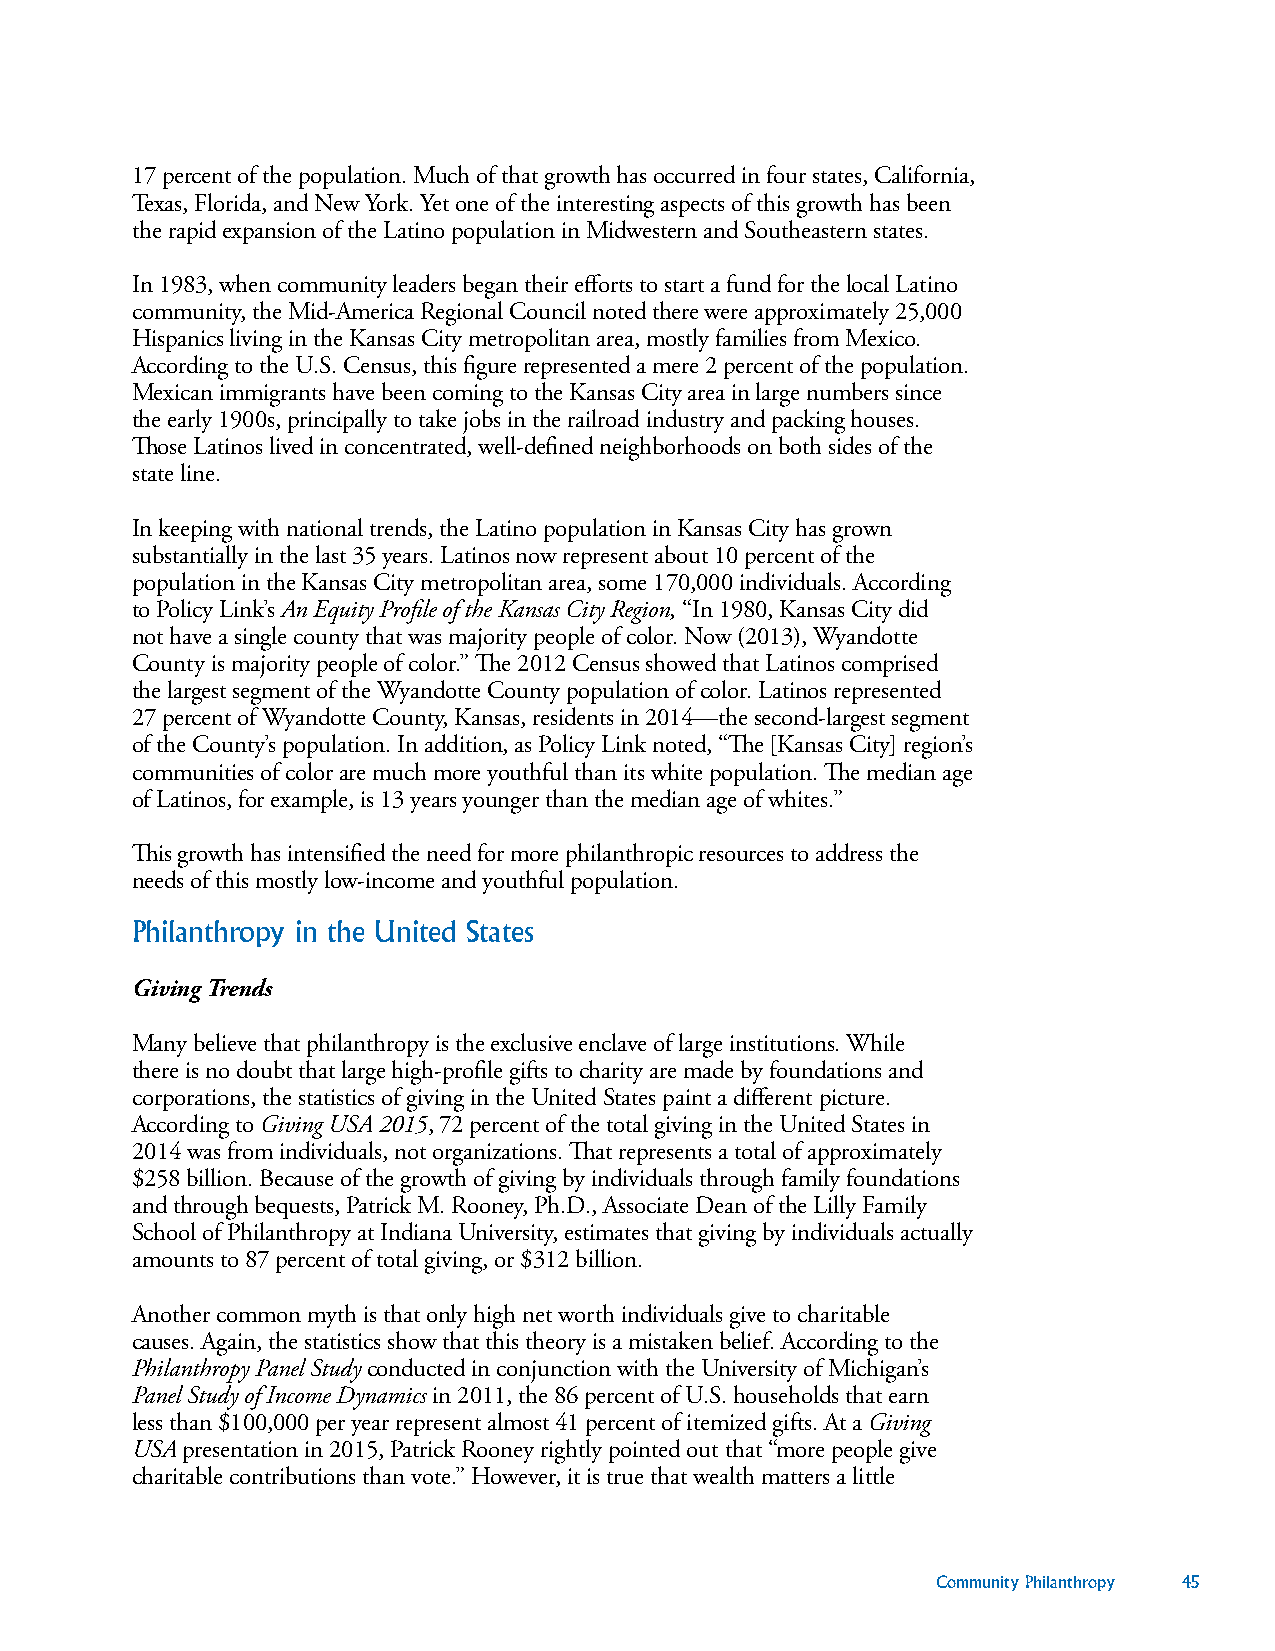
17 percent of the population. Much of that growth has occurred in four states, California,
 Texas, Florida, and New York. Yet one of the interesting aspects of this growth has been
 the rapid expansion of the Latino population in Midwestern and Southeastern states.
 In 1983, when community leaders began their efforts to start a fund for the local Latino
 community, the Mid-America Regional Council noted there were approximately 25,000
 Hispanics living in the Kansas City metropolitan area, mostly families from Mexico.
 According to the U.S. Census, this figure represented a mere 2 percent of the population.
 Mexican immigrants have been coming to the Kansas City area in large numbers since
 the early 1900s, principally to take jobs in the railroad industry and packing houses.
 Those Latinos lived in concentrated, well-defined neighborhoods on both sides of the
 state line.
 In keeping with national trends, the Latino population in Kansas City has grown
 substantially in the last 35 years. Latinos now represent about 10 percent of the
 population in the Kansas City metropolitan area, some 170,000 individuals. According
 to Policy Link’s An Equity Profile of the Kansas City Region, “In 1980, Kansas City did
 not have a single county that was majority people of color. Now (2013), Wyandotte
 County is majority people of color.” The 2012 Census showed that Latinos comprised
 the largest segment of the Wyandotte County population of color. Latinos represented
 27 percent of Wyandotte County, Kansas, residents in 2014—the second-largest segment
 of the County’s population. In addition, as Policy Link noted, “The [Kansas City] region’s
 communities of color are much more youthful than its white population. The median age
 of Latinos, for example, is 13 years younger than the median age of whites.”
 This growth has intensified the need for more philanthropic resources to address the
 needs of this mostly low-income and youthful population.
 Philanthropy in the United States
 Giving Trends
 Many believe that philanthropy is the exclusive enclave of large institutions. While
 there is no doubt that large high-profile gifts to charity are made by foundations and
 corporations, the statistics of giving in the United States paint a different picture.
 According to Giving USA 2015, 72 percent of the total giving in the United States in
 2014 was from individuals, not organizations. That represents a total of approximately
 $258 billion. Because of the growth of giving by individuals through family foundations
 and through bequests, Patrick M. Rooney, Ph.D., Associate Dean of the Lilly Family
 School of Philanthropy at Indiana University, estimates that giving by individuals actually
 amounts to 87 percent of total giving, or $312 billion.
 Another common myth is that only high net worth individuals give to charitable
 causes. Again, the statistics show that this theory is a mistaken belief. According to the
 Philanthropy Panel Study conducted in conjunction with the University of Michigan’s
 Panel Study of Income Dynamics in 2011, the 86 percent of U.S. households that earn
 less than $100,000 per year represent almost 41 percent of itemized gifts. At a Giving
 USA presentation in 2015, Patrick Rooney rightly pointed out that “more people give
 charitable contributions than vote.” However, it is true that wealth matters a little
 Community Philanthropy 45